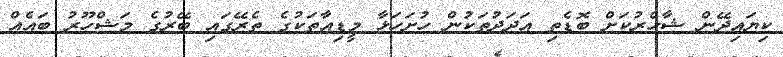
ކިޔައިދޭން ޝާހްރުކަށް ބޮޑެތި އަދަދުތަކުން ހުށަހަޅާ މީޑިއާތަކުގެ ތެރޭގައި ބޭރުގެ މަޝްހޫރު ބައެއް